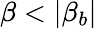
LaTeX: \beta<|\beta_{b}|